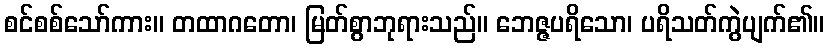
စင်စစ်သော်ကား။ တထာဂတော၊ မြတ်စွာဘုရားသည်။ ဘေဇ္ဇပရိသော၊ ပရိသတ်ကွဲပျက်၏။